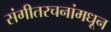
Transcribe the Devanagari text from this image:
संगीतरचनांमधून